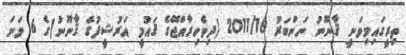
ތިރީގައިމިވަނީ ޤާނޫނު ނަންބަރު 2011/16 (ދިވެހިރާއްޖޭގެ ޤައުމީ އަރުޝީފުގެ ޤާނޫނު)ގެ 6 ވަނަ